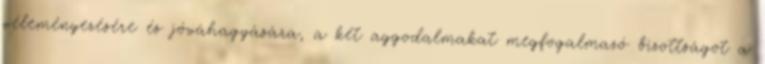
véleményezésére és jóváhagyására, a két aggodalmakat megfogalmazó bizottságot a